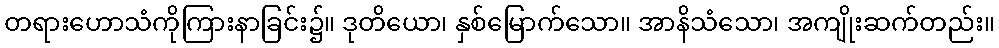
တရားဟောသံကိုကြားနာခြင်း၌။ ဒုတိယော၊ နှစ်မြောက်သော။ အာနိသံသော၊ အကျိုးဆက်တည်း။